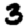
Digit: 3